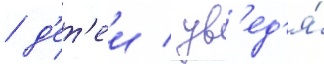
/ д'ет'еи / ув'ед'я́